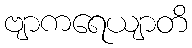
ဗျာကရေယျာတိ